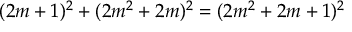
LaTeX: ( 2 m + 1 ) ^ { 2 } + ( 2 m ^ { 2 } + 2 m ) ^ { 2 } = ( 2 m ^ { 2 } + 2 m + 1 ) ^ { 2 }